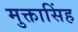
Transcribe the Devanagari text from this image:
मुक्तासिंह